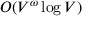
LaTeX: O ( V ^ { \omega } \log V )